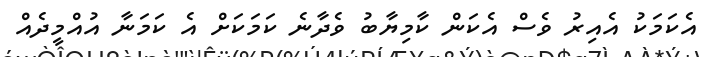
އެކަމަކު އެއިރު ވެސް އެކަން ކާމިޔާބު ވެދާނެ ކަމަކަށް އެ ކަމަނާ އުއްމީދެއް